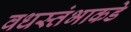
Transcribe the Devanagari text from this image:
वधस्तंभाकडे